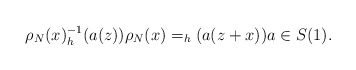
\begin{align*}\rho_N(x)^{-1}_h(a(z))\rho_N(x)=_h(a(z+x)) a\in S(1). \end{align*}